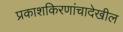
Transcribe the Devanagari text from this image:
प्रकाशकिरणांचादेखील